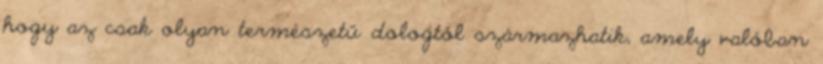
hogy az csak olyan természetű dologtól származhatik, amely valóban